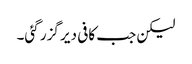
لیکن جب کافی دیر گزر گئی۔